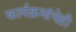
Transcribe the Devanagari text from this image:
कार्यक्रमांचेही